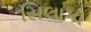
સિલાકા